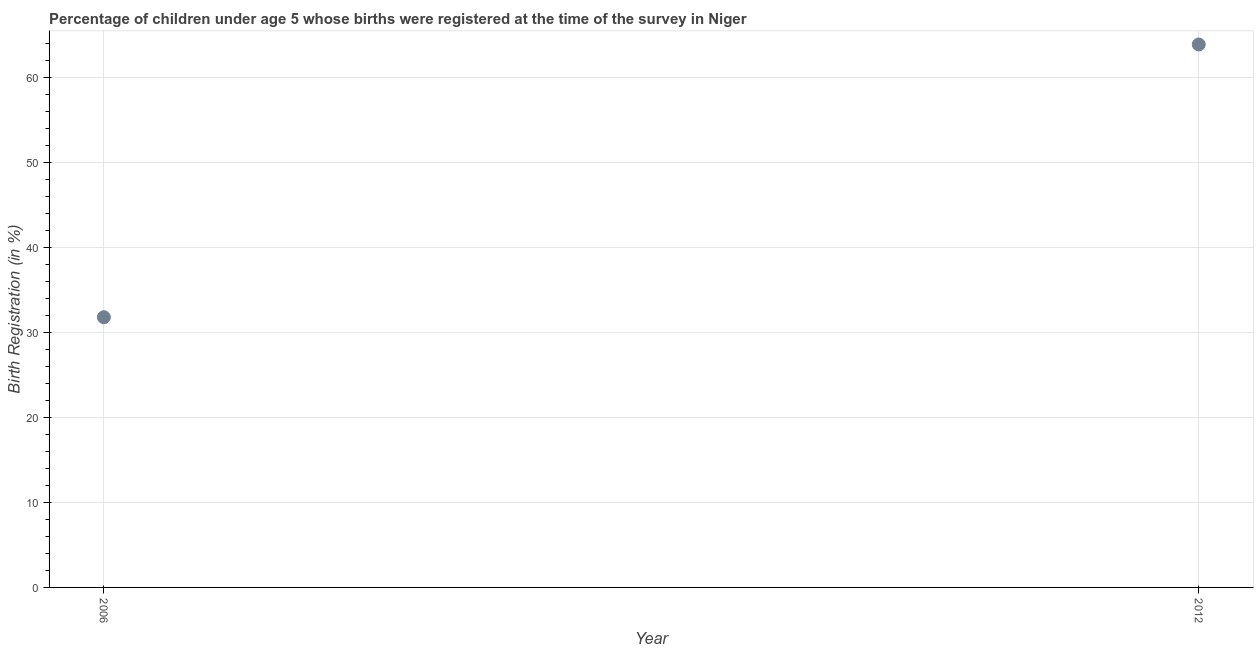
| Year | Birth registration |
 | --- | --- |
 | 2006 | 31.8 |
 | 2012 | 63.9 |